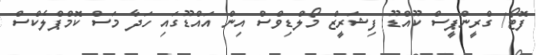
ފޮޓޯ/ ގްރީންޕީސް ކޫއްޑޫ ފިޝަރީޒް މޯލްޑިވްސް އިން އައްޑޫގައި ހަދާ މަސް ކޮމްޕްލެކްސް